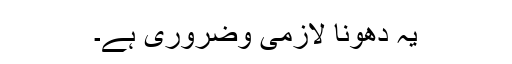
یہ دھونا لازمی وضروری ہے۔